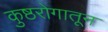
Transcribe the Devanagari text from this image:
कुष्ठरोगातून